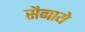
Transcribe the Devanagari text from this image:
सैनाये